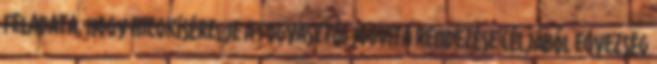
feladata, hogy megkísérelje a fogyasztói jogvita rendezése céljából egyezség